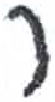
אות: ר